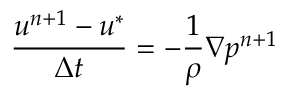
\frac { \boldsymbol { u } ^ { n + 1 } - \boldsymbol { u } ^ { * } } { \Delta t } = - \frac { 1 } { \rho } \nabla p ^ { n + 1 }